Source: Handwritten
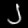
Digit: ၂ (2)